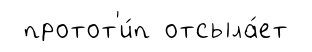
протот'и́п отсыла́ет